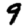
Digit: 9